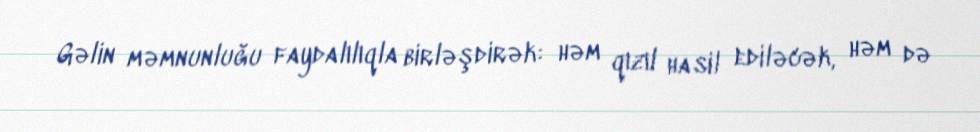
Gəlin məmnunluğu faydalılıqla birləşdirək: həm qızıl hasil ediləcək, həm də